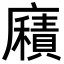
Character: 廭